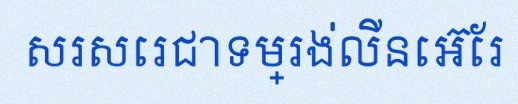
សរសេរជាទម្រង់លីនេអ៊ែរ